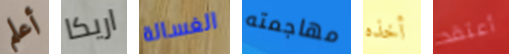
أعلم اريكا الغسالة مهاجمته أخذه أعتقد